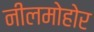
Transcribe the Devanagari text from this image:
नीलमोहोर